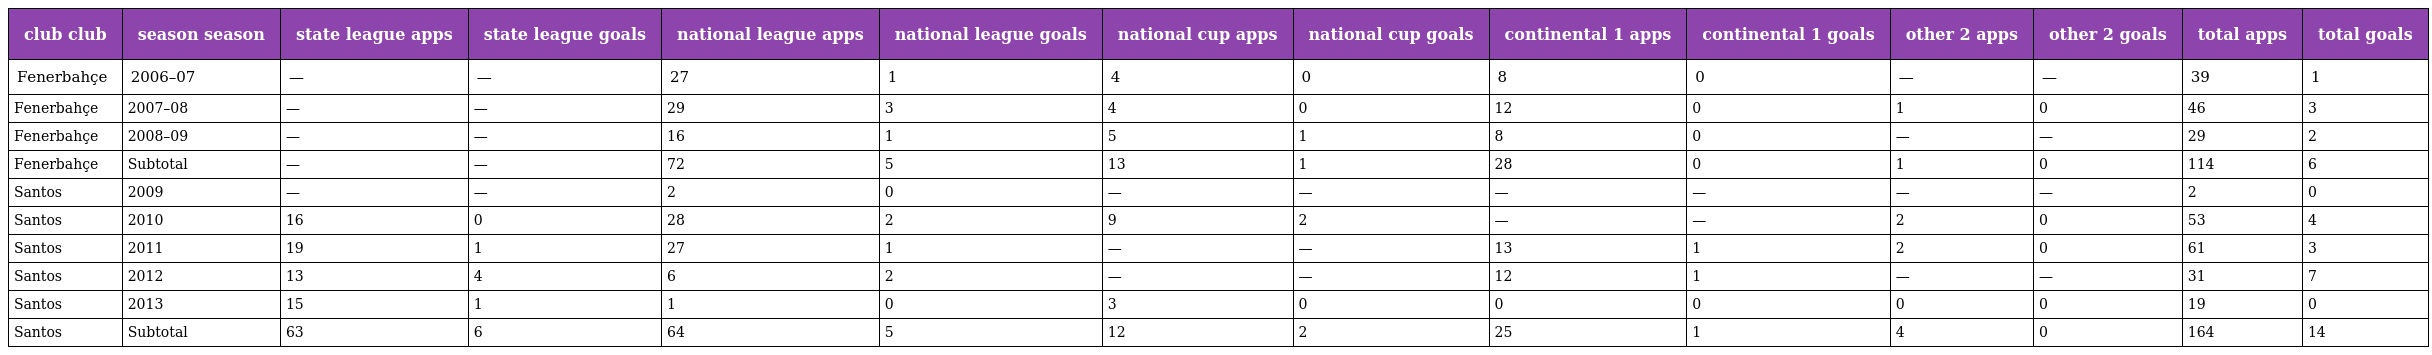
| club club | season season | state league apps | state league goals | national league apps | national league goals | national cup apps | national cup goals | continental 1 apps | continental 1 goals | other 2 apps | other 2 goals | total apps | total goals |
 | --- | --- | --- | --- | --- | --- | --- | --- | --- | --- | --- | --- | --- | --- |
 | Fenerbahçe | 2006–07 | — | — | 27 | 1 | 4 | 0 | 8 | 0 | — | — | 39 | 1 |
 | Fenerbahçe | 2007–08 | — | — | 29 | 3 | 4 | 0 | 12 | 0 | 1 | 0 | 46 | 3 |
 | Fenerbahçe | 2008–09 | — | — | 16 | 1 | 5 | 1 | 8 | 0 | — | — | 29 | 2 |
 | Fenerbahçe | Subtotal | — | — | 72 | 5 | 13 | 1 | 28 | 0 | 1 | 0 | 114 | 6 |
 | Santos | 2009 | — | — | 2 | 0 | — | — | — | — | — | — | 2 | 0 |
 | Santos | 2010 | 16 | 0 | 28 | 2 | 9 | 2 | — | — | 2 | 0 | 53 | 4 |
 | Santos | 2011 | 19 | 1 | 27 | 1 | — | — | 13 | 1 | 2 | 0 | 61 | 3 |
 | Santos | 2012 | 13 | 4 | 6 | 2 | — | — | 12 | 1 | — | — | 31 | 7 |
 | Santos | 2013 | 15 | 1 | 1 | 0 | 3 | 0 | 0 | 0 | 0 | 0 | 19 | 0 |
 | Santos | Subtotal | 63 | 6 | 64 | 5 | 12 | 2 | 25 | 1 | 4 | 0 | 164 | 14 |